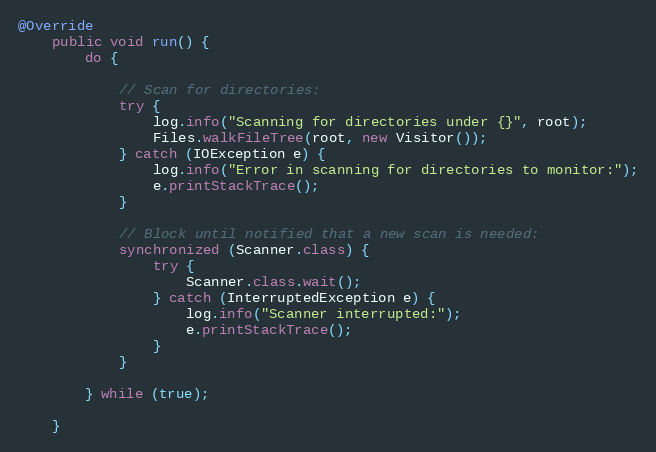
Language: Java
@Override
    public void run() {
        do {

            // Scan for directories:
            try {
                log.info("Scanning for directories under {}", root);
                Files.walkFileTree(root, new Visitor());
            } catch (IOException e) {
                log.info("Error in scanning for directories to monitor:");
                e.printStackTrace();
            }

            // Block until notified that a new scan is needed:
            synchronized (Scanner.class) {
                try {
                    Scanner.class.wait();
                } catch (InterruptedException e) {
                    log.info("Scanner interrupted:");
                    e.printStackTrace();
                }
            }

        } while (true);

    }